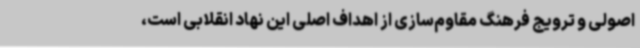
اصولی و ترویج فرهنگ مقاوم‌سازی از اهداف اصلی این نهاد انقلابی است،